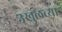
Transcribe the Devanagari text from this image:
उख्रुलच्या